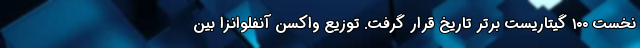
نخست ۱۰۰ گیتاریست برتر تاریخ قرار گرفت. توزیع واکسن آنفلوانزا بین